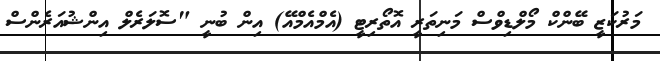
މަރުކަޒީ ބޭންކް މޯލްޑިވްސް މަނިތަރީ އޮތޯރިޓީ (އެމްއެމްއޭ) އިން ބުނީ "ސޮލަރެލް އިންޝުއަރެންސް